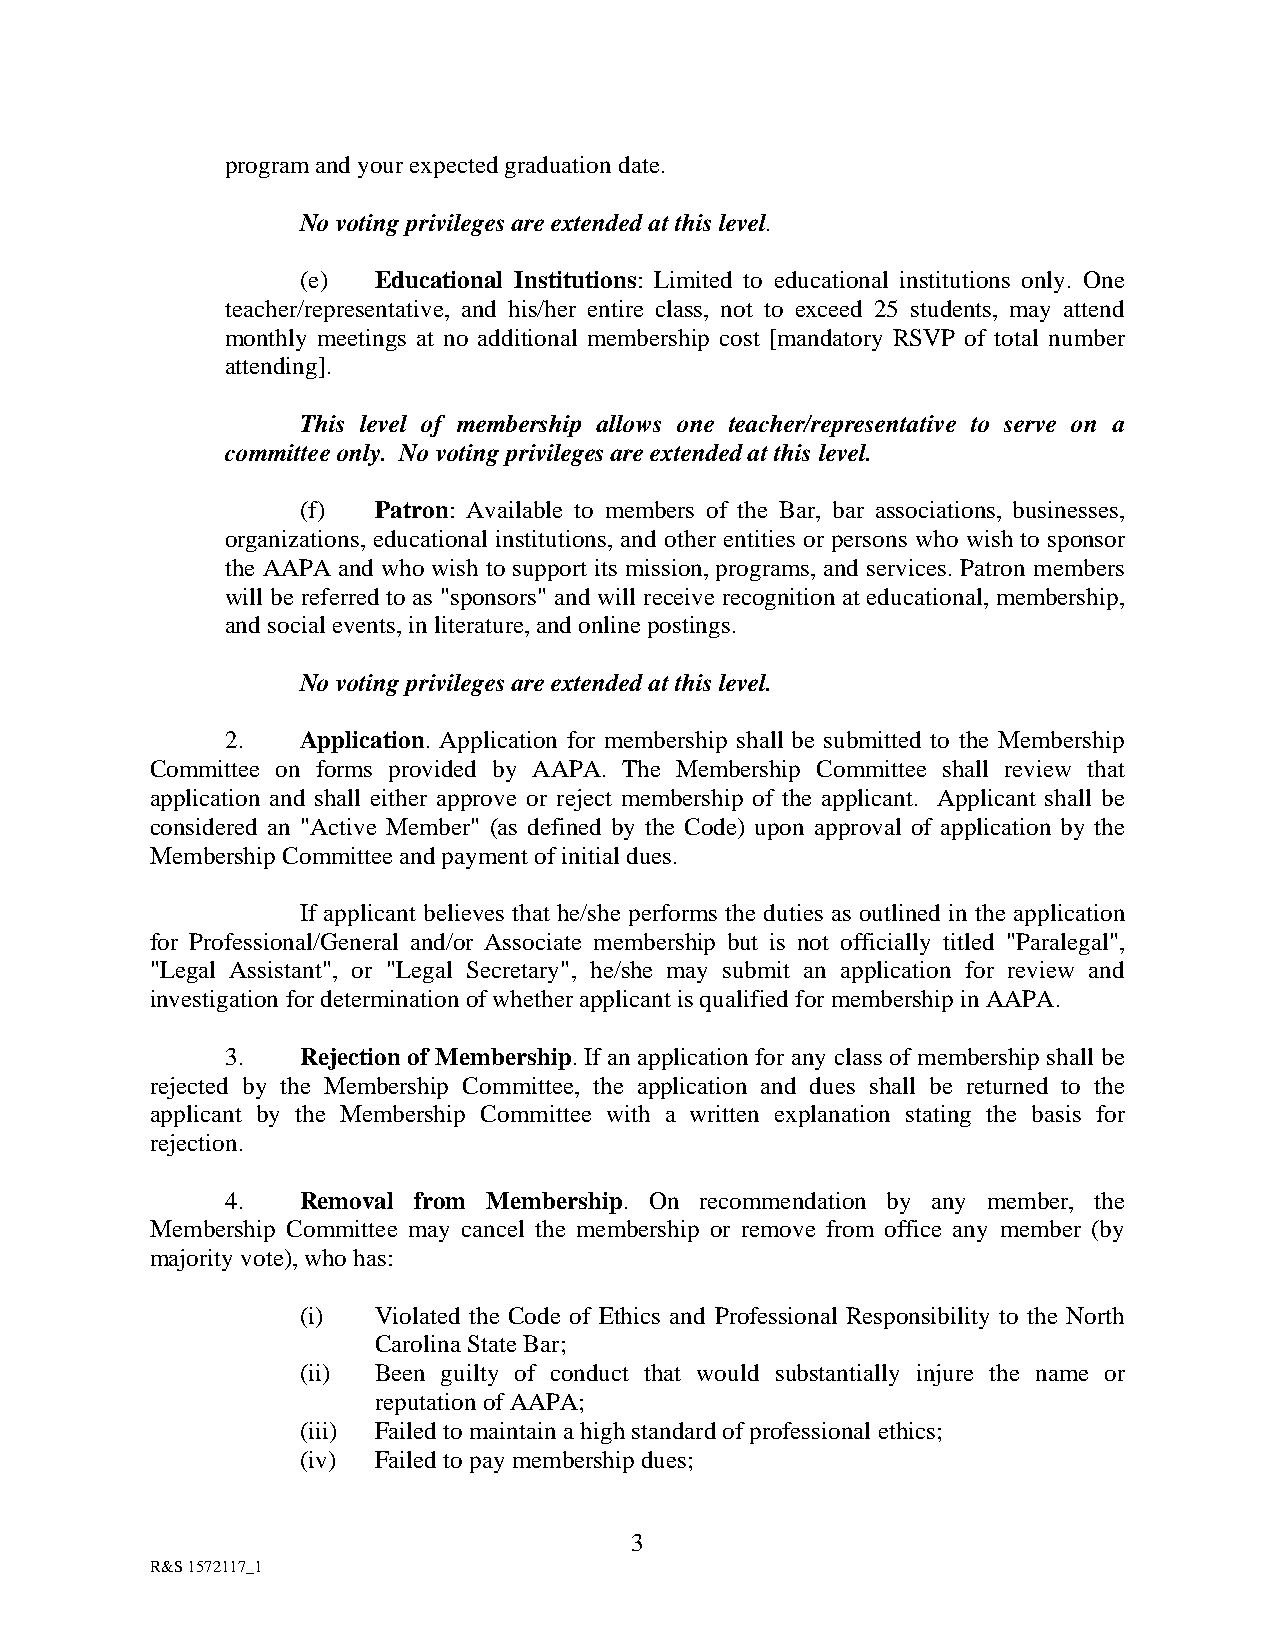
program and your expected graduation date.
 No voting privileges are extended at this level.
 (e)  Educational Institutions: Limited to educational institutions only. One
 teacher/representative, and his/her entire class, not to exceed 25 students, may attend
 monthly meetings at no additional membership cost [mandatory RSVP of total number
 attending].
 This level of membership allows one teacher/representative to serve on a
 committee only. No voting privileges are extended at this level.
 (f)  Patron: Available to members of the Bar, bar associations, businesses,
 organizations, educational institutions, and other entities or persons who wish to sponsor
 the AAPA and who wish to support its mission, programs, and services. Patron members
 will be referred to as "sponsors" and will receive recognition at educational, membership,
 and social events, in literature, and online postings.
 No voting privileges are extended at this level.
 2.   Application. Application for membership shall be submitted to the Membership
 Committee on forms provided by AAPA. The Membership Committee shall review that
 application and shall either approve or reject membership of the applicant. Applicant shall be
 considered an "Active Member" (as defined by the Code) upon approval of application by the
 Membership Committee and payment of initial dues.
 If applicant believes that he/she performs the duties as outlined in the application
 for Professional/General and/or Associate membership but is not officially titled "Paralegal",
 "Legal Assistant", or "Legal Secretary", he/she may submit an application for review and
 investigation for determination of whether applicant is qualified for membership in AAPA.
 3.   Rejection of Membership. If an application for any class of membership shall be
 rejected by the Membership Committee, the application and dues shall be returned to the
 applicant by the Membership Committee with a written explanation stating the basis for
 rejection.
 4.   Removal from Membership. On recommendation by any member, the
 Membership Committee may cancel the membership or remove from office any member (by
 majority vote), who has:
 (i)  Violated the Code of Ethics and Professional Responsibility to the North
 Carolina State Bar;
 (ii) Been guilty of conduct that would substantially injure the name or
 reputation of AAPA;
 (iii) Failed to maintain a high standard of professional ethics;
 (iv) Failed to pay membership dues;
 3
 R&S 1572117_1